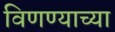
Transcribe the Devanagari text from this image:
विणण्याच्या